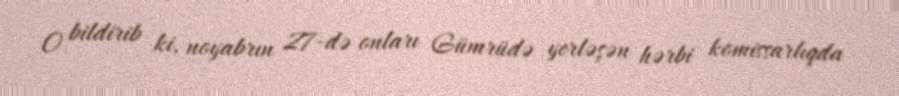
O bildirib ki, noyabrın 27-də onları Gümrüdə yerləşən hərbi komissarlıqda